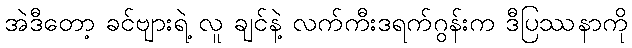
အဲဒီတော့ ခင်ဗျားရဲ့ လူ ချင်နဲ့ လက်ကီးဒရက်ဂွန်းက ဒီပြဿနာကို